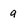
Character: a